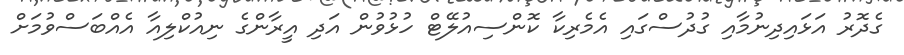
ގެދޮރު އަޅައިދިނުމާއި ގުދުސްގައި އެމެރިކާ ކޮންސިއުލޭޓް ހުޅުވުން އަދި އީރާންގެ ނިއުކްލިއާ އެއްބަސްވުމަށް